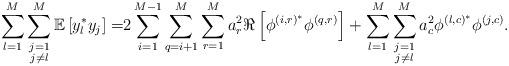
LaTeX: \begin{align*} \sum_{l=1}^M\sum\limits_{\substack{j=1\\j\neq l}}^M\mathbb{E}\left[y_l^* y_j\right]=&2\sum_{i=1}^{M-1}\sum_{q=i+1}^{M}\sum_{r=1}^M a_r^2\Re\left[\phi^{\left(i,r\right)^*}\phi^{\left(q,r\right)}\right]+\sum_{l=1}^M\sum\limits_{\substack{j=1\\j\neq l}}^M a_c^2\phi^{\left(l,c\right)^*}\phi^{\left(j,c\right)}.\end{align*}